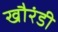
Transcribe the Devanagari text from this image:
खौरंडी